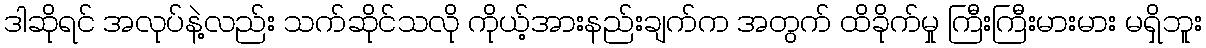
ဒါဆိုရင် အလုပ်နဲ့လည်း သက်ဆိုင်သလို ကိုယ့်အားနည်းချက်က အတွက် ထိခိုက်မှု ကြီးကြီးမားမား မရှိဘူး